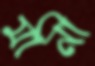
মানী